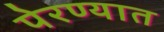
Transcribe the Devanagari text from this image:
पेरण्यात